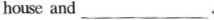
house and___